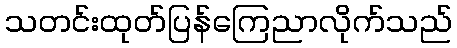
သတင်းထုတ်ပြန်ကြေညာလိုက်သည်